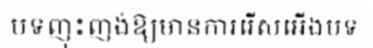
បទញុះញង់ឱ្យមានការរើសអើងបទ